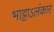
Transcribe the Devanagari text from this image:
भाट्टाऽलंकार